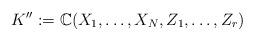
LaTeX: \begin{align*}K'':=\mathbb C(X_1,\dots,X_N,Z_1,\dots,Z_r)\end{align*}